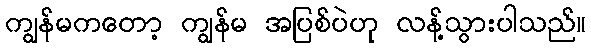
ကျွန်မကတော့ ကျွန်မ အပြစ်ပဲဟု လန့်သွားပါသည်။